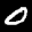
Label: 0